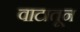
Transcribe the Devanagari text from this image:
वाटातून